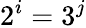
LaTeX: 2^{i}=3^{j}